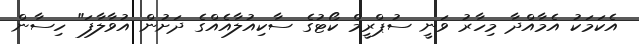
އެކަމަކު އެމާއްދާ މިހާރު ވަނީ ސުޕްރީމް ކޯޓުގެ ސާކިއުލާއެއްގެ ދަށުން އުވާލާފަ" ހިސާން